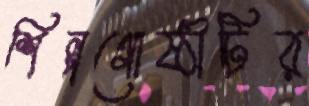
শিল্পগোষ্ঠীটির